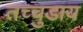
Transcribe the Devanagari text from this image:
तच्चुडाय